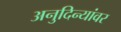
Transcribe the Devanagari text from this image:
अनुदिन्यांवर